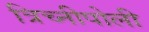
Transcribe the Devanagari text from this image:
त्रिच्नीपोली